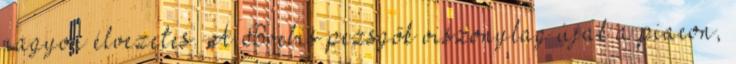
nagyon élvezetes. A Brebis pezsgők viszonylag újak a piacon,